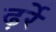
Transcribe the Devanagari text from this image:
ढ़र्रे